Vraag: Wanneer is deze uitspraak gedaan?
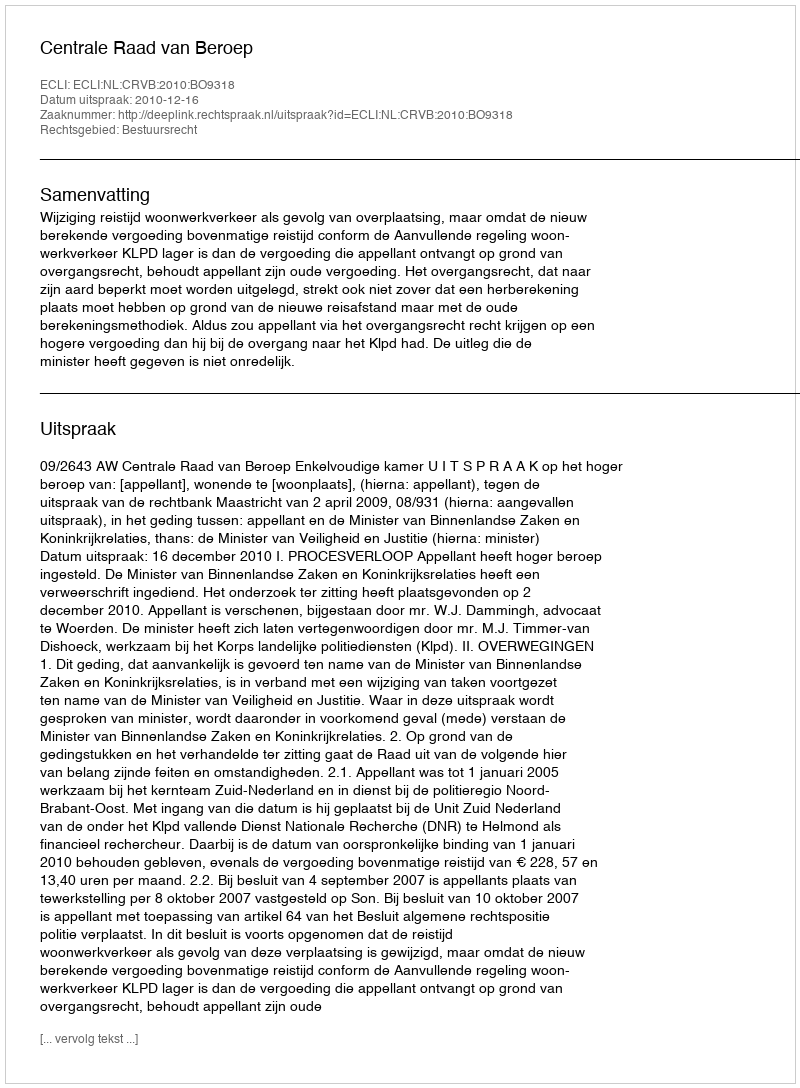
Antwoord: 2010-12-16